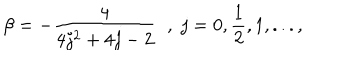
\beta = - \frac { 4 } { 4 j ^ { 2 } + 4 j - 2 } \; \; , \; j = 0 , \frac { 1 } { 2 } , 1 , . . . ,